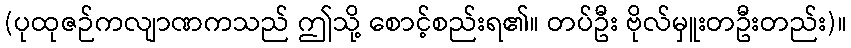
(ပုထုဇဉ်ကလျာဏကသည် ဤသို့ စောင့်စည်းရ၏။ တပ်ဦး ဗိုလ်မှူးတဦးတည်း)။